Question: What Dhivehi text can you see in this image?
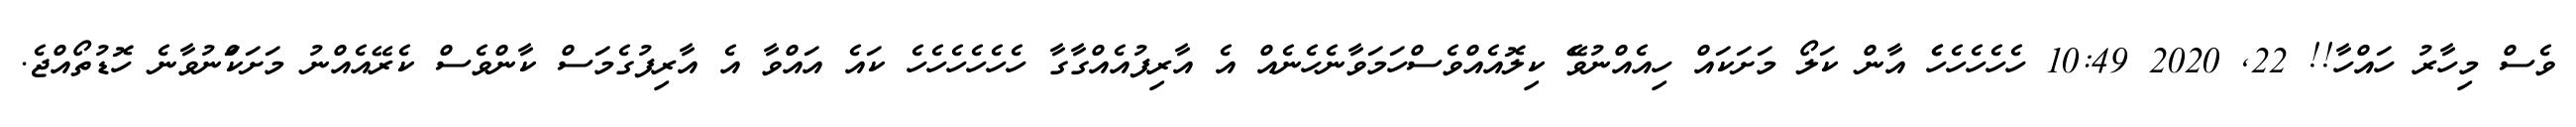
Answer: ވެސް މިހާރު ހައްހާ!! 22, 2020 10:49 ހެހެހެހެހެެ އާން ކަލޯ މަށަކައް ހިއެއްނުވެޭ ކިލޮއެއްވެސްހަމަވާނެހެނެއް އެ އާރިފުއެއްގާގާ ހެހެހެހެހެހެ ކައެ އައްވާ އެ އާރިފުގެމަސް ކާންވެސް ކެރޭއެއްނު މަށަކަްނުވާނެ ހޮޑުތޯއްޖެ.